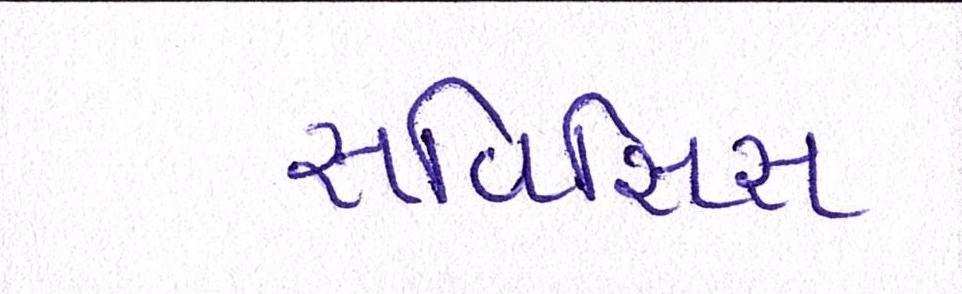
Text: સર્વિસિસ